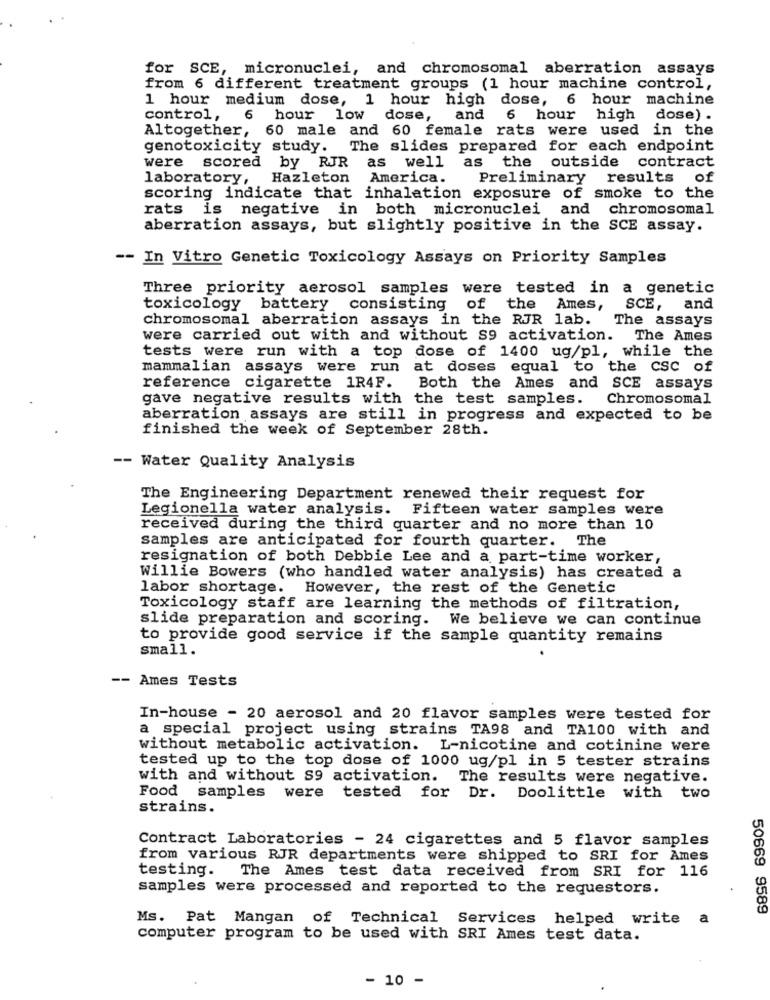
for SCE, micronuclei, and chromosomal aberration assays
from 6 different treatment groups (1 hour machine control,
1 hour medium dose, 1 hour high dose, 6 hour machine
control,
6 hour low dose,
and
6 hour high dose) .
Altogether, 60 male and 60 female rats were used in the
genotoxicity study. The slides prepared for each endpoint
were
scored by RJR as well as the outside contract
laboratory, Hazleton America.
Preliminary results
of
scoring indicate that inhalation exposure of smoke to the
rats is negative in both micronuclei
and chromosomal
aberration assays, but slightly positive in the SCE assay.
-- In Vitro Genetic Toxicology Assays on Priority Samples
Three priority aerosol samples were tested in a genetic
toxicology battery consisting
of
the Ames,
SCE,
and
chromosomal aberration assays in the RJR lab.
The assays
were carried out with and without S9 activation. The Ames
tests were run with a top dose of 1400 ug/pl, while the
mammalian assays were run at doses equal to the csc of
reference cigarette 1R4F.
Both the Ames and SCE assays
gave negative results with the test samples.
Chromosomal
aberration assays are still in progress and expected to be
finished the week of September 28th.
-- Water Quality Analysis
The Engineering Department renewed their request for
Legionella water analysis. Fifteen water samples were
received during the third quarter and no more than 10
samples are anticipated for fourth quarter. The
resignation of both Debbie Lee and a part-time worker,
Willie Bowers (who handled water analysis) has created a
labor shortage. However, the rest of the Genetic
Toxicology staff are learning the methods of filtration,
slide preparation and scoring. We believe we can continue
to provide good service if the sample quantity remains
small.
-- Ames Tests
In-house - 20 aerosol and 20 flavor samples were tested for
a special project using strains TA98 and TA100 with and
without metabolic activation. L-nicotine and cotinine were
tested up to the top dose of 1000 ug/pl in 5 tester strains
with and without S9 activation.
The results were negative.
Food samples were tested for Dr. Doolittle with two
strains.
Contract Laboratories - 24 cigarettes and 5 flavor samples
from various RJR departments were shipped to SRI for Ames
testing. The Ames test data received from SRI for 116
samples were processed and reported to the requestors.
50669 9589
Ms. Pat Mangan of Technical Services helped write a
computer program to be used with SRI Ames test data.
- 10 -